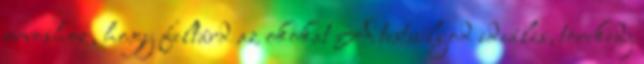
orvoshoz, hogy feltárd az okokat A testsúlyod ideális, törekedj